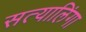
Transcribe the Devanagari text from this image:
सत्यालिंगा